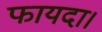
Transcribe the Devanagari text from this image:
फायदा।